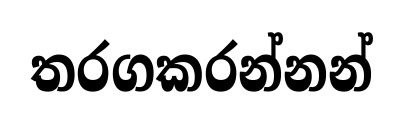
තරගකරන්නන්